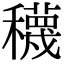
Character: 𥣫